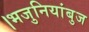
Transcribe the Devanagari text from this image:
।भजुनियांबुज